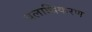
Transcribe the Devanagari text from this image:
बलाधिकरण